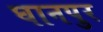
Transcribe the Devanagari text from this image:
घानपुर